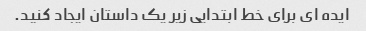
ایده ای برای خط ابتدایی زیر یک داستان ایجاد کنید.